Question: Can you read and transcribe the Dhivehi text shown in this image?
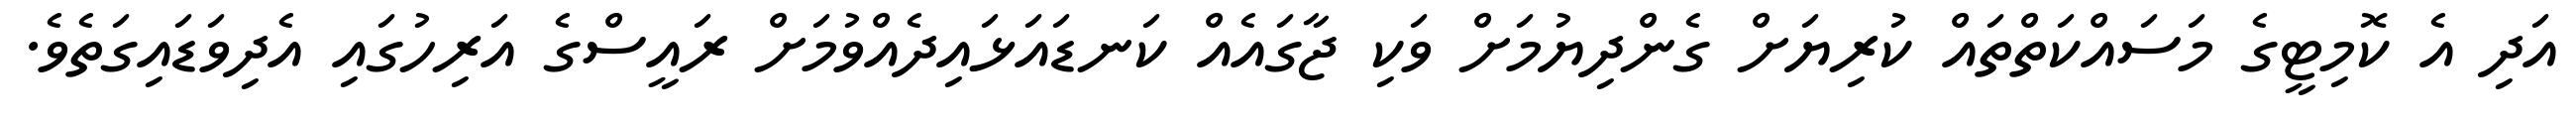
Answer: އަދި އެ ކޮމިޓީގެ މަސައްކަތްތައް ކުރިޔަށް ގެންދިޔުމަށް ވަކި ޖާގައެއް ކަނޑައަޅައިދެއްވުމަށް ރައީސްގެ އަރިހުގައި އެދިވަޑައިގަތެވެ.